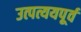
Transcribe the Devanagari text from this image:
उत्पत्ययपूर्व